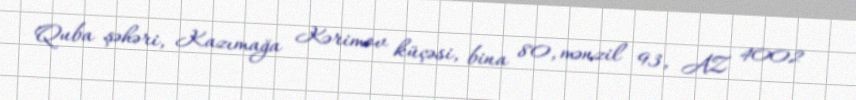
Quba şəhəri, Kazımağa Kərimov küçəsi, bina 80, mənzil 93, AZ 4002